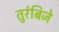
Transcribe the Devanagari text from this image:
तुरंबिजे